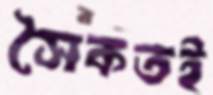
সৈকতই